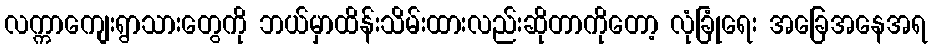
လက္ကာကျေးရွာသားတွေကို ဘယ်မှာထိန်းသိမ်းထားလည်းဆိုတာကိုတော့ လုံခြုံရေး အခြေအနေအရ